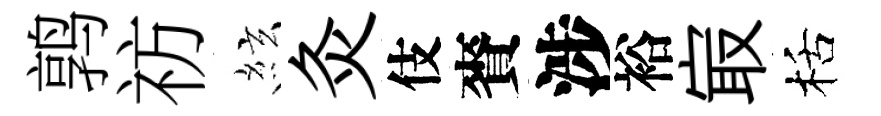
鹑祊絃灸伎賚涉裕㝡栝